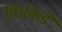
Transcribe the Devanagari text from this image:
विप्रांकडे